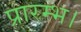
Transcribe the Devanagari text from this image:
प्रारम्‍भ।